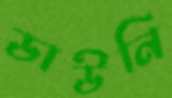
ডাউনি